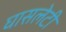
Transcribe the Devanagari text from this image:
घासलेटी